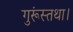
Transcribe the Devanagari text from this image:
गुरूंस्तथा।